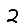
Digit: 2